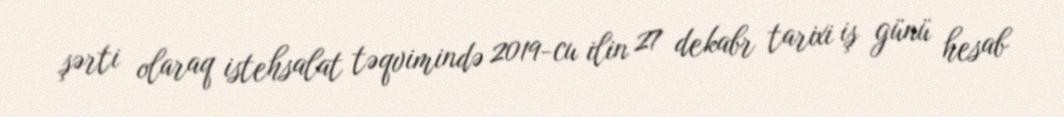
şərti olaraq istehsalat təqvimində 2019-cu ilin 27 dekabr tarixi iş günü hesab